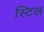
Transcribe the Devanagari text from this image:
स्‍टिल